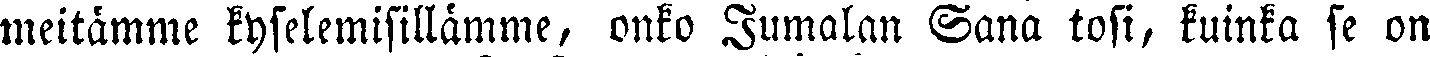
meitämme kyselemisillämme, onko Jumalan Sana tosi, kuinka se on